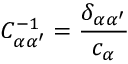
C _ { \alpha \alpha ^ { \prime } } ^ { - 1 } = \frac { \delta _ { \alpha \alpha ^ { \prime } } } { c _ { \alpha } }